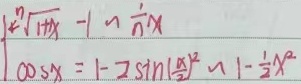
\(\sqrt[n]{1 + x}-1\sim\frac{1}{n}x\)，\(\cos x = 1 - 2\sin^{2}(\frac{x}{2})\sim1-\frac{1}{2}x^{2}\)